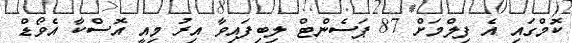
ކޮމްގައި އެ ފިލްމަށް 87 ޕަސެންޓް ލިބިފައިވާ އިރު މިއީ އޮސްކާ އެވޯޑް